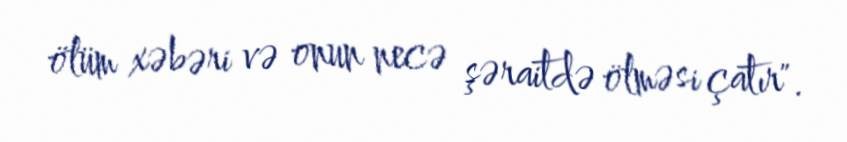
ölüm xəbəri və onun necə şəraitdə ölməsi çatır".